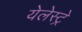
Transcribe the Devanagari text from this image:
येलेस्ट्रे